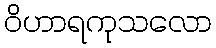
ဝိဟာရကုသလော